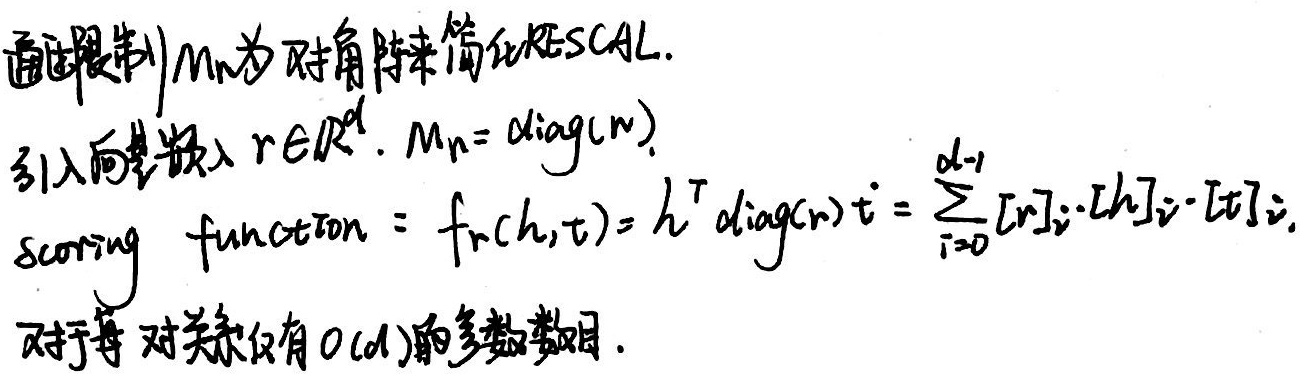
通过限制 \(M_n\)为对角阵来简化 RESCAL。引入向量 \(r\in\mathbb{R}^d\)。\(M_n=\mathrm{diag}(r)\)。scoring function \(=f_r(h,t)=h^T\mathrm{diag}(r)t=\sum_{i = 0}^{d - 1}[r]_i\cdot[h]_i\cdot[t]_i\)。对于每对关系仅有 \(O(d)\)的参数数目。